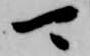
可